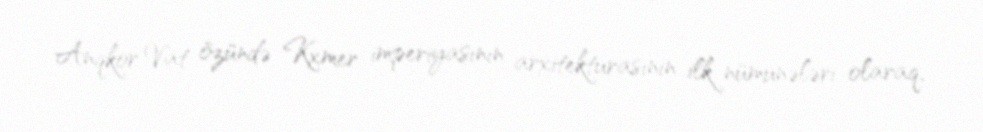
Anqkor Vat özündə Kxmer imperiyasının arxitekturasının ilk nümunələri olaraq,